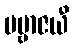
ပဗ္ဗာဇယီ